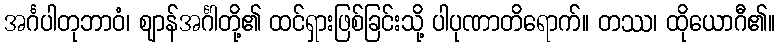
အင်္ဂပါတုဘာဝံ၊ ဈာန်အင်္ဂါတို့၏ ထင်ရှားဖြစ်ခြင်းသို့ ပါပုဏာတိရောက်။ တဿ၊ ထိုယောဂီ၏။